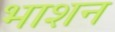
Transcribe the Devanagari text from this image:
भाशन